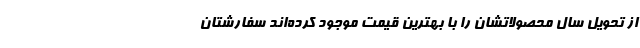
از تحویل سال محصولاتشان را با بهترین قیمت موجود کرده‌اند سفارشتان